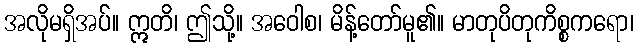
အလိုမရှိအပ်။ ဣတိ၊ ဤသို့။ အဝေါစ၊ မိန့်တော်မူ၏။ မာတုပိတုကိစ္စကရော၊